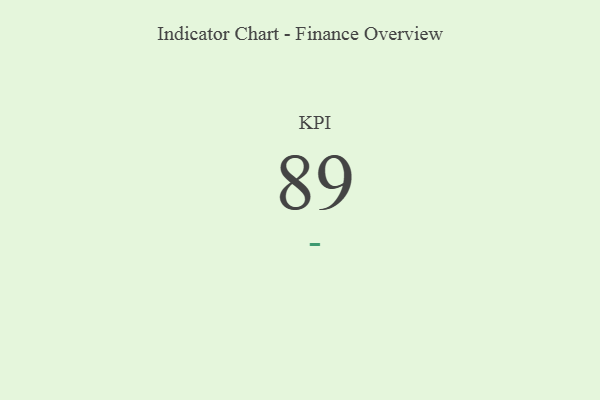
{"axis": {"x": "KPI", "y": "Value"}, "legend": [""], "data": [{"x": "KPI", "y": 89, "type": ""}]}